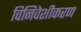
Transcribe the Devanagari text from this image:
विनिवेशीकरण